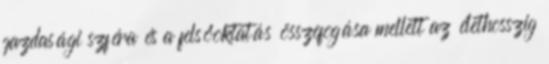
gazdasági szféra és a felsőoktatás összefogása mellett az élethosszig